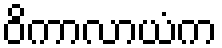
ဝိကာလာယံက